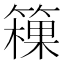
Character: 䉓